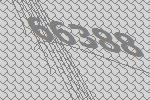
66388